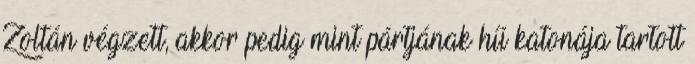
Zoltán végzett, akkor pedig mint pártjának hű katonája tartott